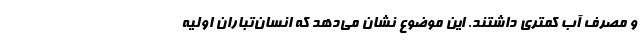
و مصرف آب کمتری داشتند. این موضوع نشان می‌دهد که انسان‌تباران اولیه